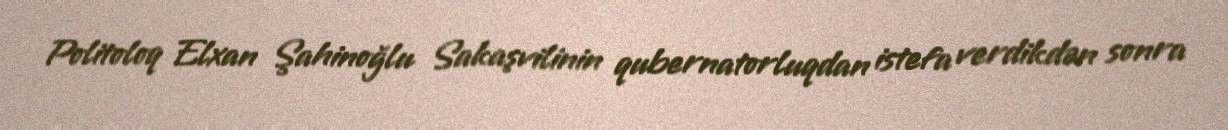
Politoloq Elxan Şahinoğlu Sakaşvilinin qubernatorluqdan istefa verdikdən sonra